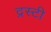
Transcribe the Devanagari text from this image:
द्रस्टी